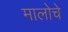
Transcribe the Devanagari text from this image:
मालोचे